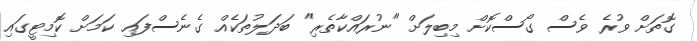
ގޮތަށް ވުރެ ވެސް ގޯސްކޮށް މިބިލަށް "ނުރައްކާތެރި" ބަދަލުތަކެއް ގެނެސްފައި ކަމަށް ކޮމިޓީގައި